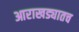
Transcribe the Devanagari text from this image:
आराखड्यातच